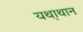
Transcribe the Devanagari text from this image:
यथा्थान